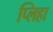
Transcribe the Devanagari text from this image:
प्लिहा